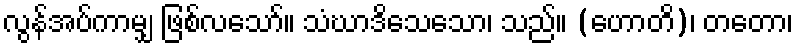
လွန်အပ်ကာမျှ ဖြစ်လသော်။ သံဃာဒိသေသော၊ သည်။ (ဟောတိ)၊ တတော၊